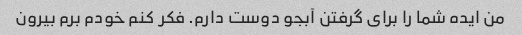
من ایده شما را برای گرفتن آبجو دوست دارم. فکر کنم خودم برم بیرون